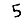
Digit: 5